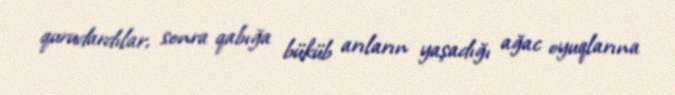
qurudardılar, sonra qabığa büküb arıların yaşadığı ağac oyuqlarına